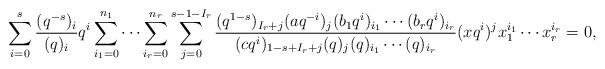
LaTeX: \begin{align*}\sum_{i = 0}^{s} \frac{(q^{-s})_{i}}{(q)_{i}} q^{i} \sum_{i_{1} = 0}^{n_{1}} \dotsm \sum_{i_{r} = 0}^{n_{r}} \sum_{j = 0}^{s - 1 - I_{r}} \frac{(q^{1 - s})_{I_{r} + j} (a q^{-i})_{j} (b_{1} q^{i})_{i_{1}} \dotsm (b_{r} q^{i})_{i_{r}}}{(c q^{i})_{1 - s + I_{r} + j} (q)_{j} (q)_{i_{1}} \dotsm (q)_{i_{r}}} (x q^{i})^{j} x_{1}^{i_{1}} \dotsm x_{r}^{i_{r}} = 0, \end{align*}